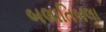
બલાતિબલા